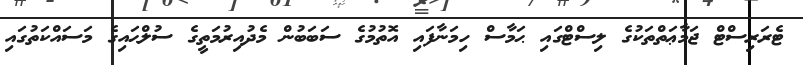
ޓެރަރިސްޓް ޖަމާޢަތްތަކުގެ ލިސްޓްގައި ޙަމާސް ހިމަނާފައި އޮތުމުގެ ސަބަބުން މެދުއިރުމަތީގެ ސުލްޙައިގެ މަސައްކަތުގައި